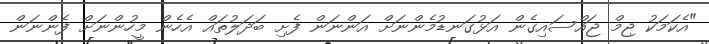
"އެކަމަކު ޖިމް ޖައްސައިގެން އަޅުގަނޑުމެންނަށް އަންނަން ފެށި ބަދަލުތައް އެހެން މީހުންނަށް ފެންނަން